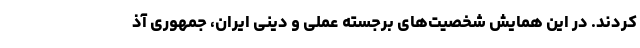
کردند. در این همایش شخصیت‌های برجسته عملی و دینی ایران، جمهوری آذ